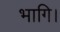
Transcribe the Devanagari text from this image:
भागि।